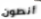
أنطون